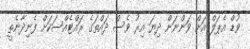
ވުޑް އެޕަލް އަށް ވަންނަން ދިޔަ އިރު ވެސް ދައްތަގެ ރައްޓެއްސަކަށް ފެނިދާނެތީ